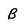
Character: B